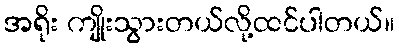
အရိုး ကျိုးသွားတယ်လို့ထင်ပါတယ်။